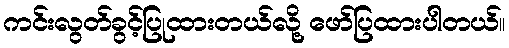
ကင်းလွတ်ခွင့်ပြုထားတယ်လို့ ဖော်ပြထားပါတယ်။